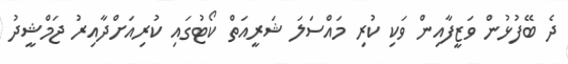
ދެ ބޭފުޅުން ވަޒީފާއިން ވަކި ކުރި މައްސަލަ ޝަރީއަތް ކޯޓުގައި ކުރިއަށްދާއިރު ޖަމްޝީދު